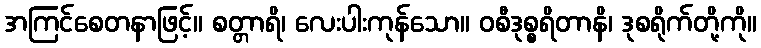
အကြင်စေတနာဖြင့်။ စတ္တာရိ၊ လေးပါးကုန်သော။ ဝစီဒုစ္စရိတာနိ၊ ဒုစရိုက်တို့ကို။